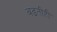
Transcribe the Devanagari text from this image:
बढतीही